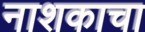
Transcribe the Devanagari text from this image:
नाशकाचा